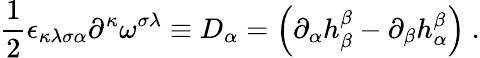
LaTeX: \frac{1}{2}\epsilon_{\kappa\lambda\sigma\alpha}\partial^{\kappa}\omega^{\sigma\lambda}\equiv D_{\alpha}=\left(\partial_{\alpha}h_{\beta}^{\beta}-\partial_{\beta}h_{\alpha}^{\beta}\right)\ .